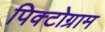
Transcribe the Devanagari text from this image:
पिक्टोग्राम